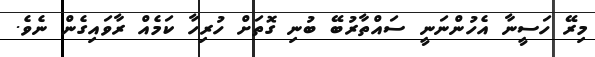
މިރޭ ހަސީނާ އެހުންނަނީ ސައްތާރުބޭ ބުނި ގޮތަށް ހުރިހާ ކަމެއް ރާވައިގެން ނެވެ.